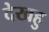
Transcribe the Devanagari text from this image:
देखहु